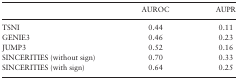
<table><thead><tr><td></td><td><b>AUROC</b></td><td><b>AUPR</b></td></tr></thead><tbody><tr><td>TSNI</td><td>0.44</td><td>0.11</td></tr><tr><td>GENIE3</td><td>0.46</td><td>0.23</td></tr><tr><td>JUMP3</td><td>0.52</td><td>0.16</td></tr><tr><td>SINCERITIES (without sign)</td><td>0.70</td><td>0.33</td></tr><tr><td>SINCERITIES (with sign)</td><td>0.64</td><td>0.25</td></tr></tbody></table>